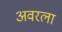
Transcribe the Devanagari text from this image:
अवरला